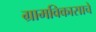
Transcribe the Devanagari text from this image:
ग्रामविकासाचे